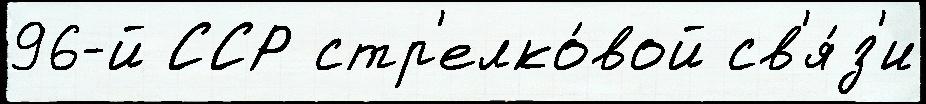
96-й ССР стр'елко́вой св'я́з'и